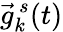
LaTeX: \vec{g}_{k}^{\, s}(t)